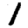
Digit: 1